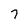
Character: 7